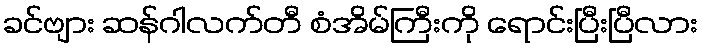
ခင်ဗျား ဆန်ဂါလက်တီ စံအိမ်ကြီးကို ရောင်းပြီးပြီလား